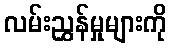
လမ်းညွှန်မှုများကို